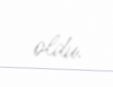
oldu.